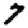
Digit: 7